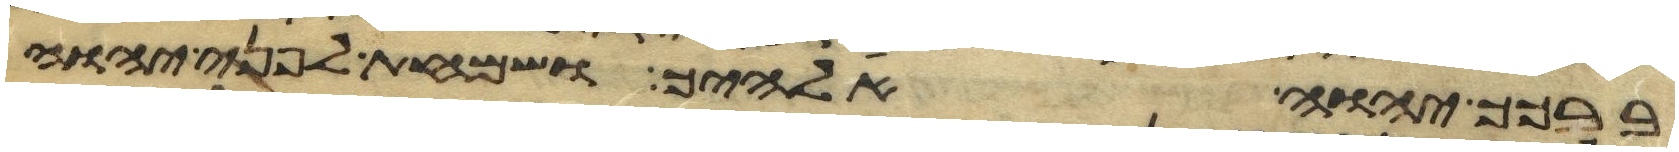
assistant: ברכך יהוה אלהיך ושמחת לפני יהוה